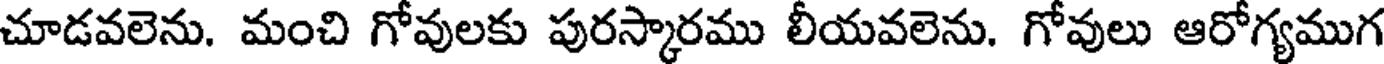
చూడవలెను. మంచి గోవులకు పురస్కారము లీయవలెను. గోవులు ఆరోగ్యముగ